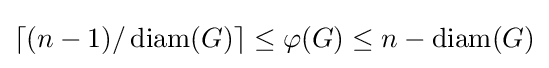
\lceil (n-1)/\operatorname {diam} (G)\rceil \leq \varphi (G)\leq n-\operatorname {diam} (G)